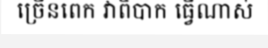
ច្រើនពេក វាពិបាក ធ្វើណាស់